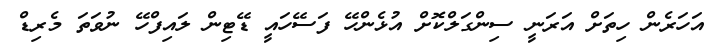
އަހަރެން ހިތަށް އަރަނީ ސިންގަލްކޮށް އުޅެންހޭ ފަސޭހައީ ޑޭޓިން ލައިފްހޭ ނުވަތަ މެރިޑް